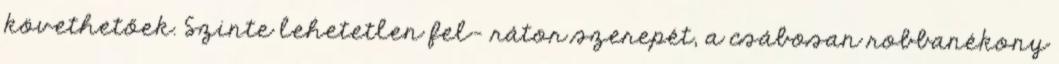
követhetőek. Szinte lehetetlen fel- rátor szerepét, a csábosan robbanékony